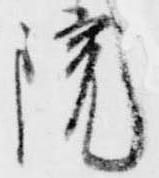
院